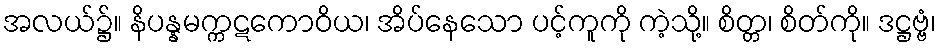
အလယ်၌။ နိပန္နမက္ကဋကောဝိယ၊ အိပ်နေသော ပင့်ကူကို ကဲ့သို့။ စိတ္တ၊ စိတ်ကို။ ဒဋ္ဌဗ္ဗံ၊